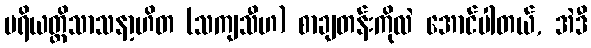
ပရိယတ္တိသာသနာ့ဟိတ (သကျသီဟ) စာချတန်းကိုလဲ အောင်ပါတယ်, အဲဒီ